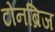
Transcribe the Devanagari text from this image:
टोनब्रिज